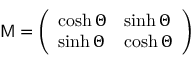
{ \bf \sf M } = \left( \begin{array} { l l } { { \cosh \Theta } } & { { \sinh \Theta } } \\ { { \sinh \Theta } } & { { \cosh \Theta } } \end{array} \right)